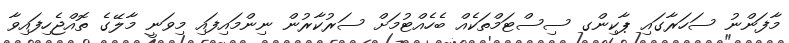
މާފަންނު ސަހަރާގައި ޕާކިންގ ސިސްޓަމްތަކެއް ބެހެއްޓުމަށް ސަރުކާރުން ނިންމައިފައި މިވަނީ މާލޭގެ ތޮއްޖެހިފައިވާ